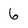
Character: 6